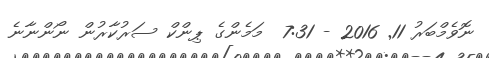
ނޮވެމްބަރު 11